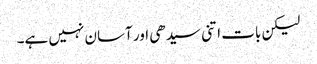
لیکن بات اتنی سیدھی اور آسان نہیں ہے۔